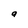
Character: a